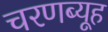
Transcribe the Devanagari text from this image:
चरणब्यूह